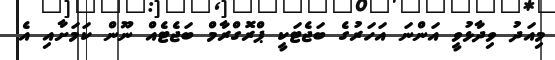
މިއަދު ވިދާޅުވީ އަންނަ އަހަރުގެ ބަޖެޓަކީ ޕްރޮގްރާމް ބަޖެޓެއް ނޫން ކަމަށާއި އެ